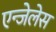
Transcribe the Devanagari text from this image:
एन्जेलेस